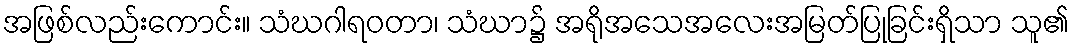
အဖြစ်လည်းကောင်း။ သံဃဂါရဝတာ၊ သံဃာ၌ အရိုအသေအလေးအမြတ်ပြုခြင်းရှိသာ သူ၏